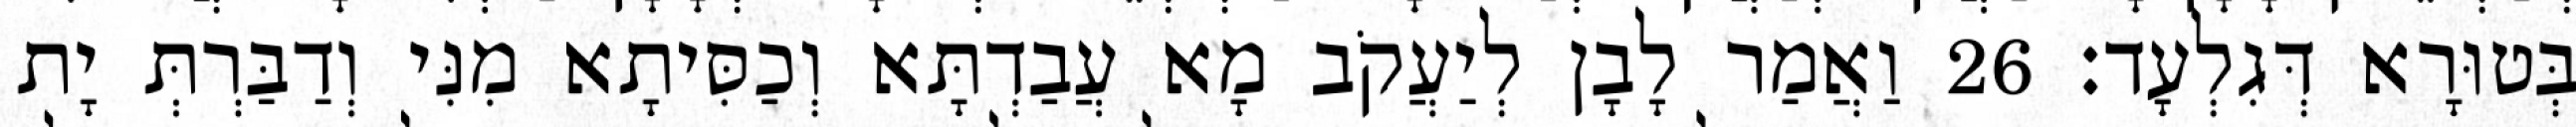
בְּטוּרָא דְּגִלְעָד׃ 26 וַאֲמַר לָבָן לְיַעֲקֹב מָא עֲבַדְתָּא וְכַסִּיתָא מִנִּי וְדַבַּרְתְּ יָת